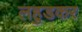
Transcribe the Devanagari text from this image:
लहुडकर